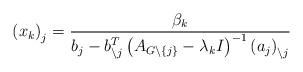
LaTeX: \begin{align*}\left( x_{k}\right) _{j}=\frac{\beta_{k}}{b_{j}-b_{\backslash j}^{T}\left(A_{G\backslash\left\{ j\right\} }-\lambda_{k}I\right) ^{-1}\left(a_{j}\right) _{\backslash j}} \end{align*}